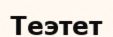
Теэтет